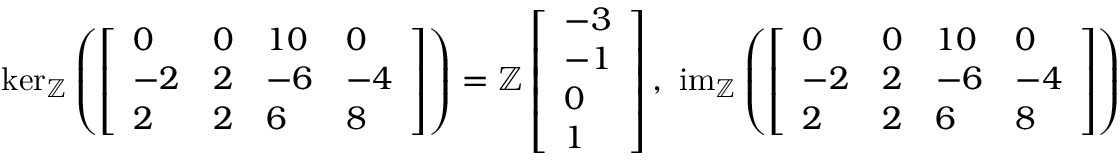
\begin{array} { r } { \ker _ { \mathbb { Z } } \left( \left[ \begin{array} { l l l l } { 0 } & { 0 } & { 1 0 } & { 0 } \\ { - 2 } & { 2 } & { - 6 } & { - 4 } \\ { 2 } & { 2 } & { 6 } & { 8 } \end{array} \right] \right) = \mathbb { Z } \left[ \begin{array} { l } { - 3 } \\ { - 1 } \\ { 0 } \\ { 1 } \end{array} \right] , \ \operatorname { i m } _ { \mathbb { Z } } \left( \left[ \begin{array} { l l l l } { 0 } & { 0 } & { 1 0 } & { 0 } \\ { - 2 } & { 2 } & { - 6 } & { - 4 } \\ { 2 } & { 2 } & { 6 } & { 8 } \end{array} \right] \right) = \mathbb { Z } \left[ \begin{array} { l } { 0 } \\ { - 2 } \\ { 2 } \end{array} \right] \oplus \mathbb { Z } \left[ \begin{array} { l } { 1 0 } \\ { - 8 } \\ { 0 } \end{array} \right] \oplus \mathbb { Z } \left[ \begin{array} { l } { - 2 0 } \\ { 2 0 } \\ { 0 } \end{array} \right] . } \end{array}